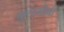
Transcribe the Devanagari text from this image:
फूलगोबी